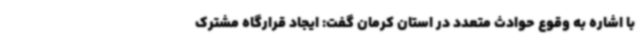
با اشاره به وقوع حوادث متعدد در استان کرمان گفت: ایجاد قرارگاه مشترک